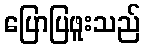
ပြောပြဖူးသည်